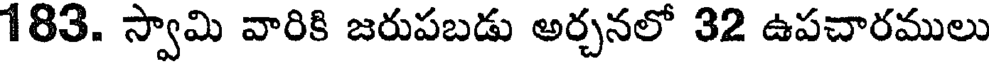
183. స్వామి వారికి జరుపబడు అర్చనలో 32 ఉపచారములు